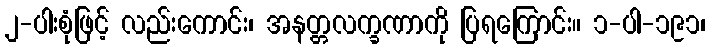
၂-ပါးစုံဖြင့် လည်းကောင်း၊ အနတ္တလက္ခဏာကို ပြရကြောင်း။ ၁-ပါ-၁၉၁၊